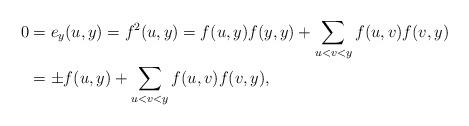
LaTeX: \begin{align*}0&=e_y(u,y)=f^2(u,y)=f(u,y)f(y,y)+\sum_{u<v<y}f(u,v)f(v,y)\\&=\pm f(u,y)+\sum_{u<v<y}f(u,v)f(v,y),\end{align*}